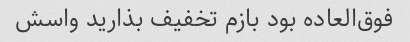
فوق‌العاده بود بازم تخفیف بذارید واسش